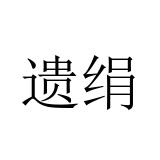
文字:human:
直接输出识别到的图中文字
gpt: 遗绢